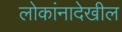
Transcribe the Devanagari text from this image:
लोकांनादेखील